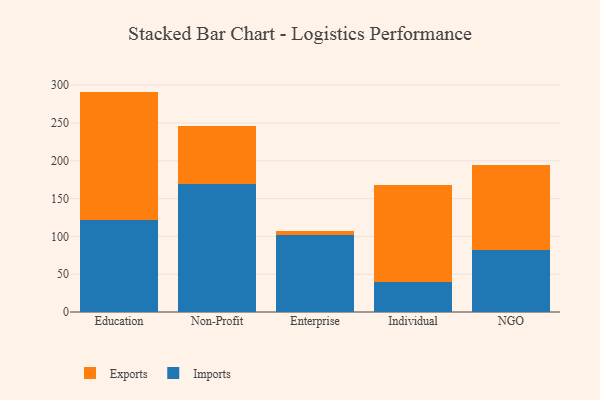
{"axis": {"x": "Segment", "y": "Energy Usage (MWh)"}, "legend": ["Exports", "Imports"], "data": [{"x": "Education", "y": 121.5, "type": "Imports"}, {"x": "Education", "y": 170.0, "type": "Exports"}, {"x": "Non-Profit", "y": 169.6, "type": "Imports"}, {"x": "Non-Profit", "y": 75.8, "type": "Exports"}, {"x": "Enterprise", "y": 101.5, "type": "Imports"}, {"x": "Enterprise", "y": 5.5, "type": "Exports"}, {"x": "Individual", "y": 39.3, "type": "Imports"}, {"x": "Individual", "y": 128.2, "type": "Exports"}, {"x": "NGO", "y": 82.4, "type": "Imports"}, {"x": "NGO", "y": 112.6, "type": "Exports"}]}